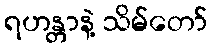
ရဟန္တာနဲ့ သိမ်တော်